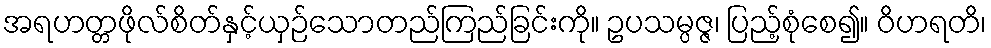
အရဟတ္တဖိုလ်စိတ်နှင့်ယှဉ်သောတည်ကြည်ခြင်းကို။ ဥပသမ္ပဇ္ဇ၊ ပြည့်စုံစေ၍။ ဝိဟရတိ၊